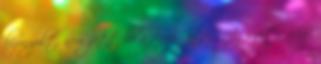
bizonyult, nem jött be a fenyegetés. Az szívta meg